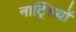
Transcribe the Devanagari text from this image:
नाट्सियों